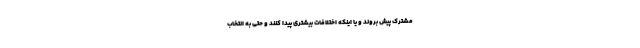
مشترک پیش بروند و یا اینکه اختلافات بیشتری پیدا کنند و حتی به انتخاب